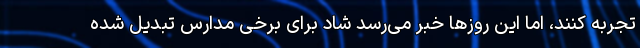
تجربه کنند، اما این روزها خبر می‌رسد شاد برای برخی مدارس تبدیل شده